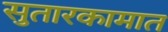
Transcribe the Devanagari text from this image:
सुतारकामात